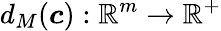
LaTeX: d_{M}(\boldsymbol{c}):\mathbb{R}^{m}\rightarrow\mathbb{R}^{+}